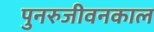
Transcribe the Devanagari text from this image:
पुनरुजीवनकाल